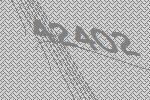
42402